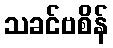
သခင်ဗစိန်